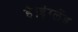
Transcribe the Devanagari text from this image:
है।इंग्लैंड